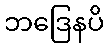
ဘဒြေနပိ